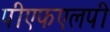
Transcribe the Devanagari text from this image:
पीएफएलपी